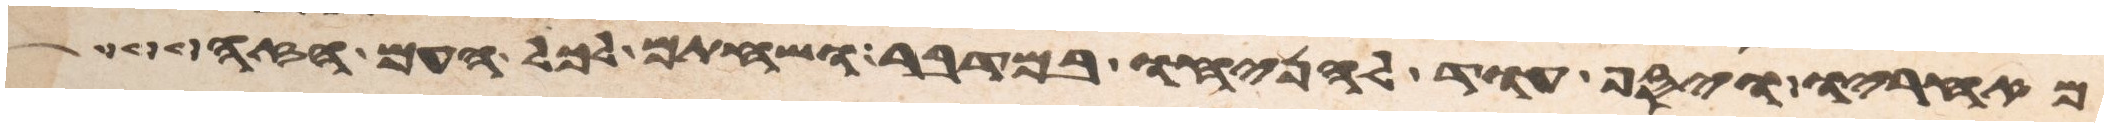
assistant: מאחריו ויסף עוד להניחו במדבר ושחתם לכל העם הזה